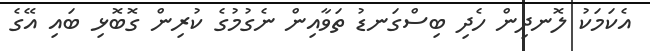
އެކަމަކު ލޮނދިން ހެދި ބިސްގަނޑު ތަވާއިން ނެގުމުގެ ކުރިން ގޮބޮޅި ބައި އޭގެ